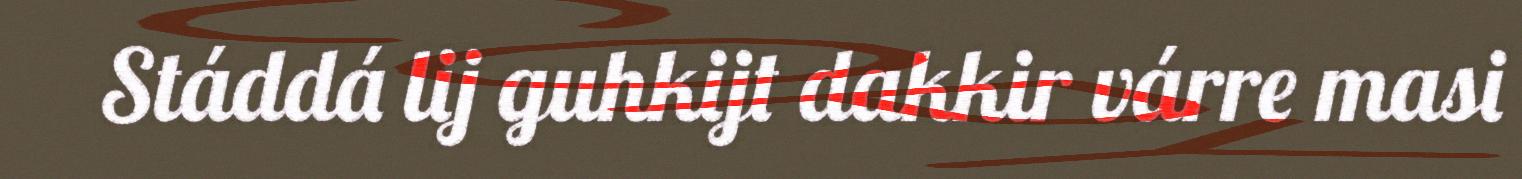
Stáddá lij guhkijt dakkir várre masi